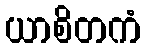
ယာစိတကံ